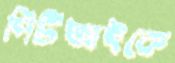
পিটিআইকে